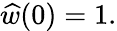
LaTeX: \widehat{w}(0)=1.